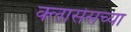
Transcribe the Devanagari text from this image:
क्लासेसच्या